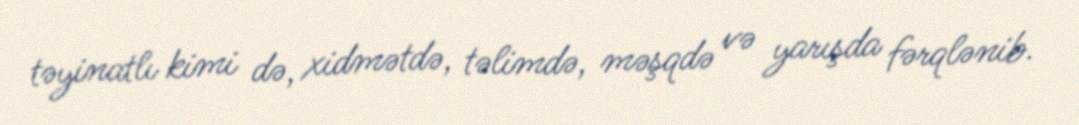
təyinatlı kimi də, xidmətdə, təlimdə, məşqdə və yarışda fərqlənib.